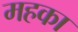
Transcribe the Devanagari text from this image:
महका